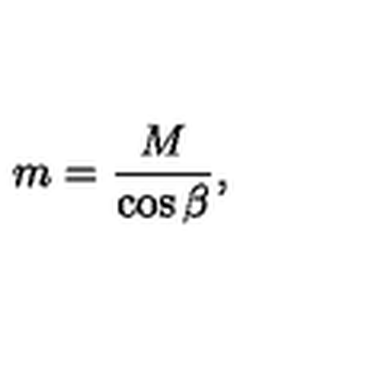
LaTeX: m = \frac { M } { \cos { \beta } } ,